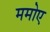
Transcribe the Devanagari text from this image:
ममोए